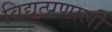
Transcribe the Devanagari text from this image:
विद्युत्प्रणाली